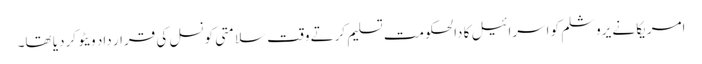
امریکا نے یروشلم کو اسرائیل کا دالحکومت تسلیم کرتے وقت سلامتی کونسل کی قرار داد ویٹو کردیا تھا۔